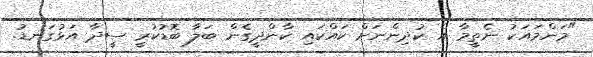
"މަންމައަކު ނެތީމާ އެ ކުދިންނަށް ކައްކައި ކާންދީގެން ބަލާ ބޮޑުކުރީ ސީދާ އަޅުގަނޑު.